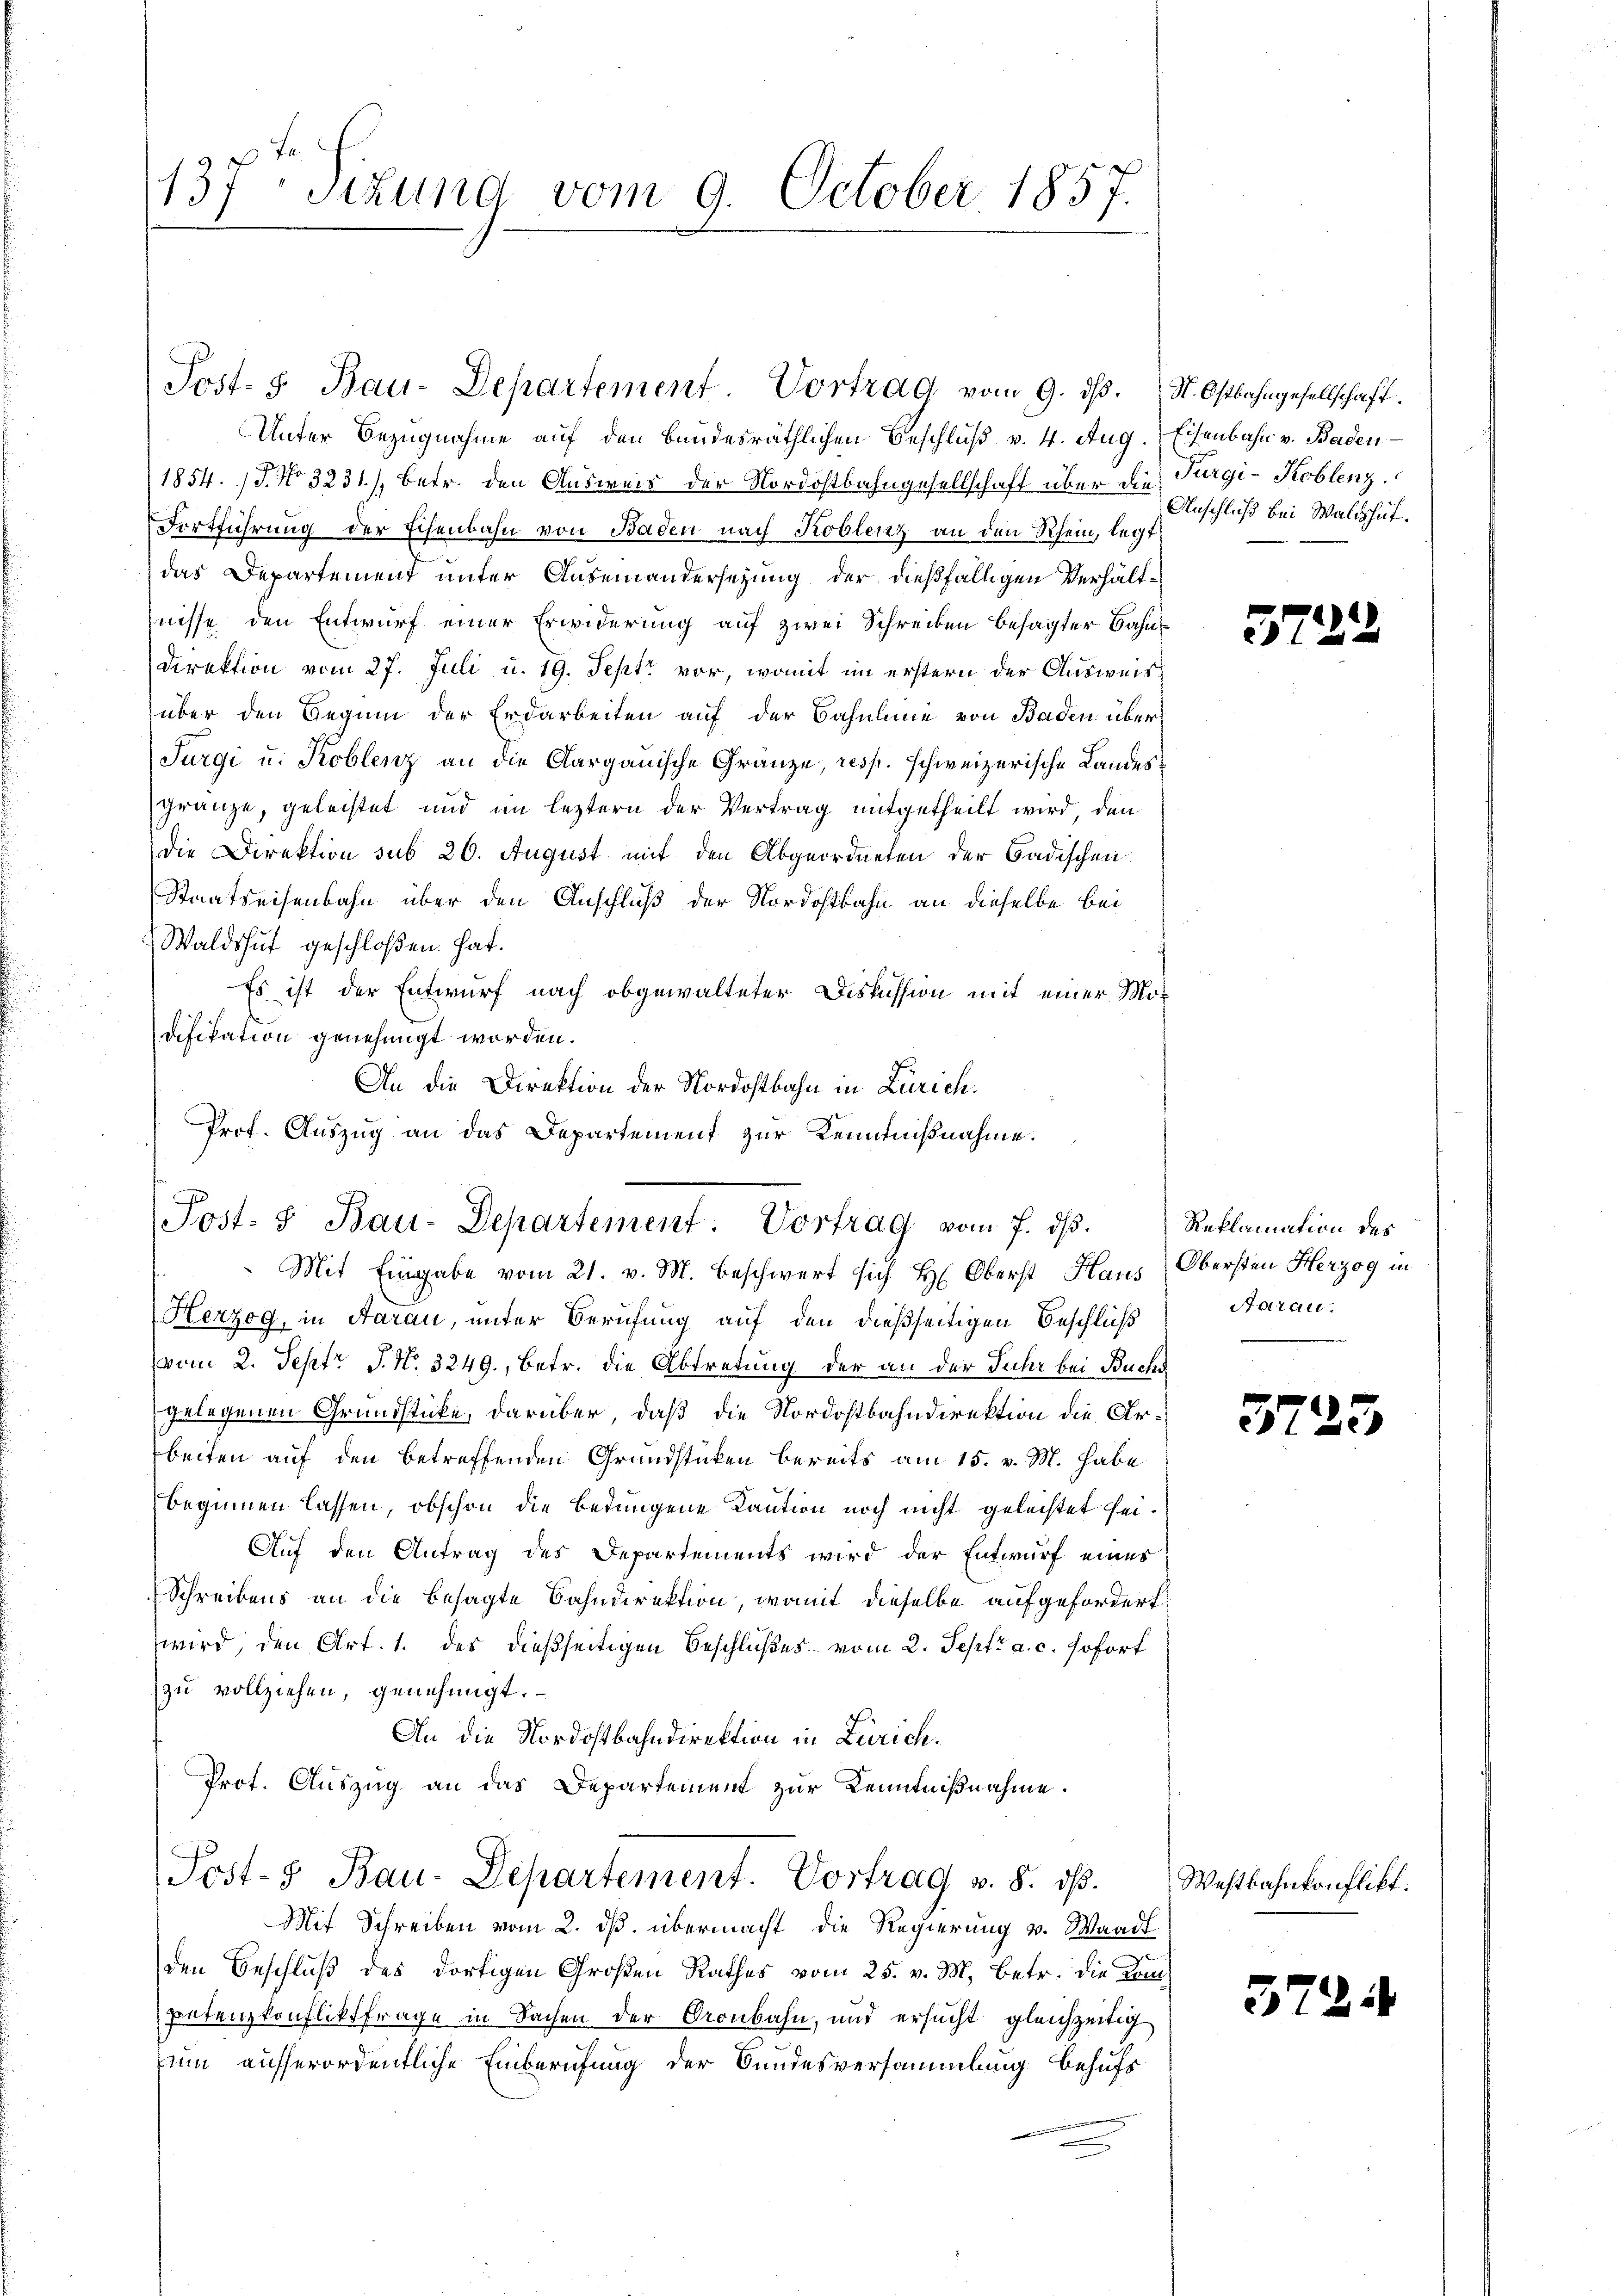
137. Sitzung vom 9. October 1857.

Unter Bezugnahme auf den Bandesräthlichen Beschluß v. 4. Aug.
1854. 17. No. 3231/, betr. den Ausweis der Nordostbahngesellschaft über die
Fortführung der Eisenbahn von Baden nach Koblenz an den Rhein, legt
das Departement unter Auseinandersetzung der dießfälligen Verhältnisse den Entwurf einer Erwiderung auf zwei Schreiben besagter Bahn¬
Direktion vom 27. Juli u. 19. Sept vor, womit im erstern der Ausweis
über den Gegen der Erdarbeiten auf der Bahnlinie von Baden über
Jurgi u. Koblenz an die Aargauische Gränze, resp. schweizerische Landesgränze, geleistet und im leztern der Vertrag mitgetheilt wird, den
Die Direktion sub 20. August mit den Abgeordneten der Badischen
Staatseisenbahn über den Anschluß der Nordostbahn an dieselbe bei
Waldshut geschloßen hat.
Es ist der Entwurf nach obgewalteter Diskussion mit einer Modifikation genehmigt worden.
An die Direktion der Nordostbahn in Zürich.
Mit Eingabe vom 21. v. M. beschwert sich H. Oberst Haus Obersten Herzog in
Herzog, in Aarau, unter Berufung auf den dießseitigen Beschluß
vom 2. Septr J. No. 3249., betr. die Abtretung der an der Juhr bei Buchs
gelegenen Grundstücke, darüber, daß die Nordostbahndirektion die Arrbeiten auf den betreffenden Grundstücken bereits am 15. v. M. habe
beginnen lassen, obschon die bedungene Kaution noch nicht gelechtet sei.
Auf den Antrag des Departements wird der Entwurf eines
Schreibens an die besagte Bahndirektion, womit dieselbe aufgefordert
wird, den Art. 1. des dießseitigen Beschlußes vom 2. Sept. a. c. sofort
zu vollziehen, genehmigt.
An die Nordostbahndirektion in Zürich.
Prot. Auszug an das Departement zur Kenntnißnahme.
Post- & Bau-Departement. Vortrag v. 8. dβ.
Mit Schreiben vom 2. ds. übermacht, die Regierung v. Waadt
den Beschluß des dortigen Großen Rathes vom 25. v. M. betr. die Kom¬
Petenzkonfliktfrage in Sachen der Gronbahn, und ersucht gleichzeitig
nun ausserordentliche Einberufung der Bundesversammlung behufs

Post- 5. Bau-Departement Vortrag vom 9. dβ.

Prof. Auszug an das Departement zur Kenntnißnahme.
Post- & Bau-Departement. Vortrag vom 7. dβ.

St. Ostbahngesellschaft.
Eisenbahn v. Baden
Furgi-Koblenz
Anschluß bei Waldshut.

372

Reklamation des
Aarau

5725

Westbahnkonflikt.

572.